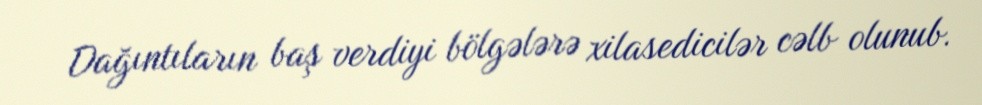
Dağıntıların baş verdiyi bölgələrə xilasedicilər cəlb olunub.